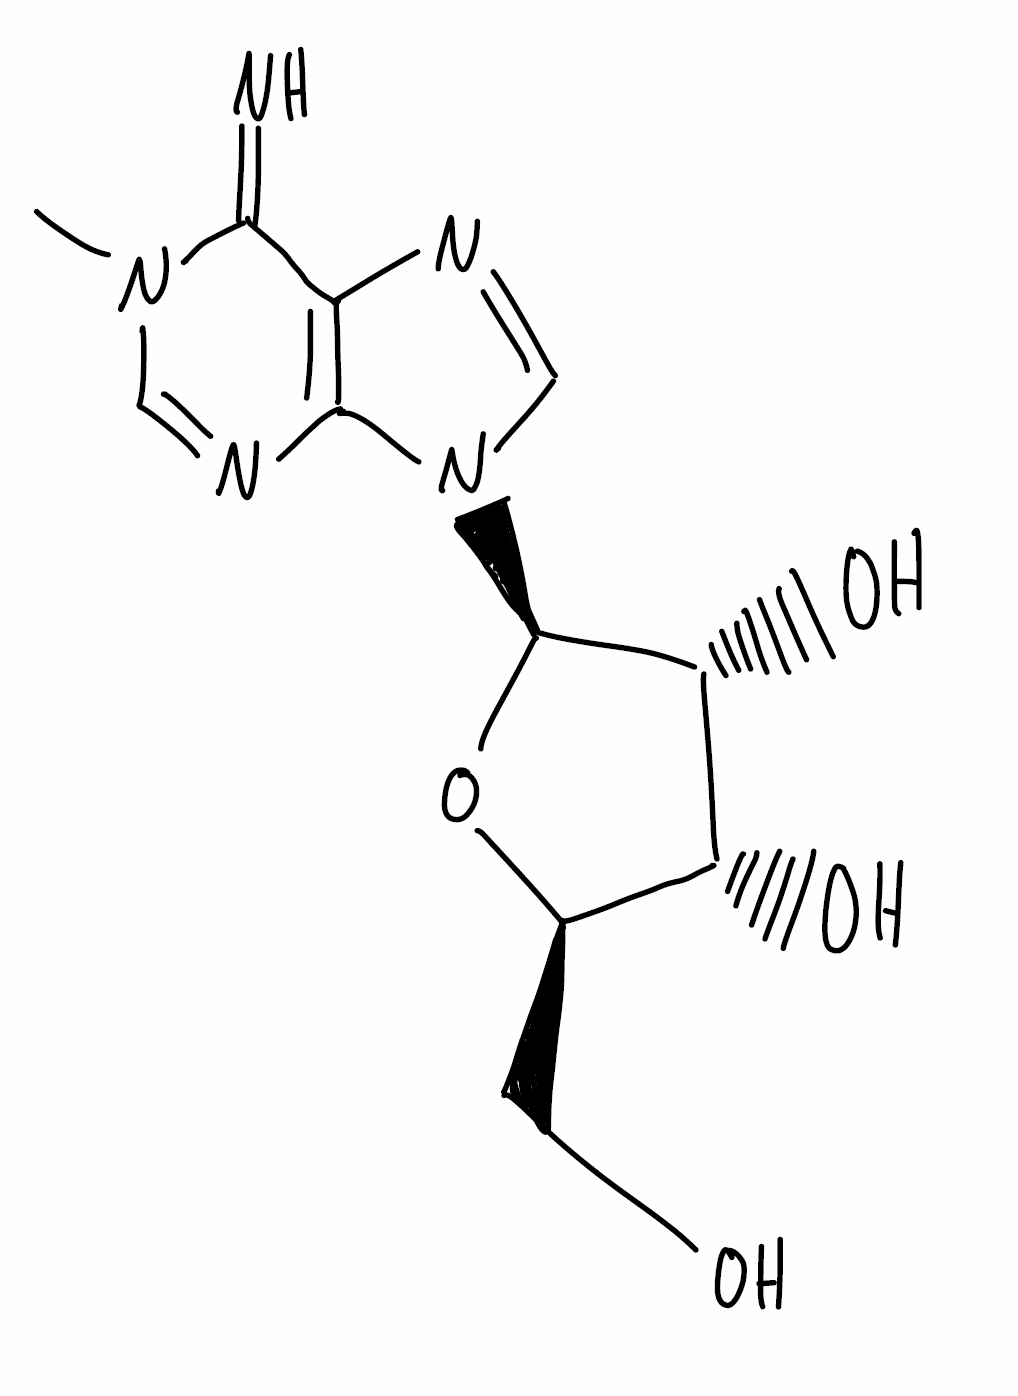
Simplified molecular-input line-entry system (SMILES) notation of the given molecule:
CN1C=NC2=C(C1=N)N=CN2[C@H]3[C@@H]([C@@H]([C@H](O3)CO)O)O